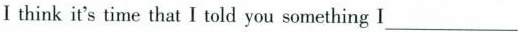
Ⅰ think it's time that I told you something l ___